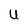
Character: U